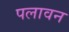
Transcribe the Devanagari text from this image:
पलावन